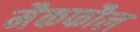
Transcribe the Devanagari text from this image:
मैकफौल